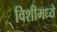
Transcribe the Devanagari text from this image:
विशीमध्ये